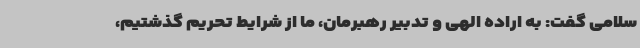
سلامی گفت: به اراده الهی و تدبیر رهبرمان، ما از شرایط تحریم گذشتیم،